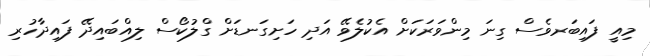
މިއީ ފައިބަރވެސް ގިނަ މިންވަރަކަށް އެކުލެވޭ އަދި ހަށިގަނޑަށް ގްލުކޯސް ލިއްބައިދޭ ފައިދާހުރި